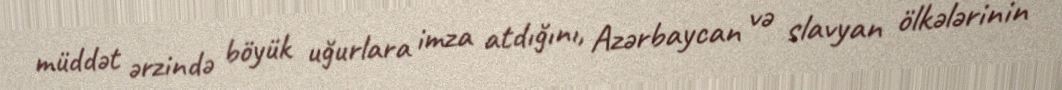
müddət ərzində böyük uğurlara imza atdığını, Azərbaycan və slavyan ölkələrinin